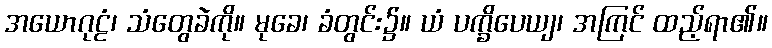
အယောဂုဠံ၊ သံတွေခဲကို။ မုခေ၊ ခံတွင်း၌။ ယံ ပက္ခိပေယျ၊ အကြင် ထည့်ရာ၏။